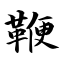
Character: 鞭